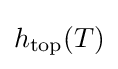
h_{\mathrm {top} }(T)